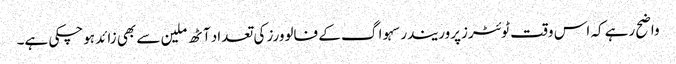
واضح رہے کہ اس وقت ٹوئٹرزپروریندرسہوا گ کے فالوورز کی تعداد آٹھ ملین سے بھی زائد ہوچکی ہے۔